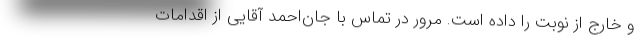
و خارج از نوبت را داده است. مرور در تماس با جان‌احمد آقایی از اقدامات